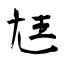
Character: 尪